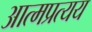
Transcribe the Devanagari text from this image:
आत्मप्रत्यय